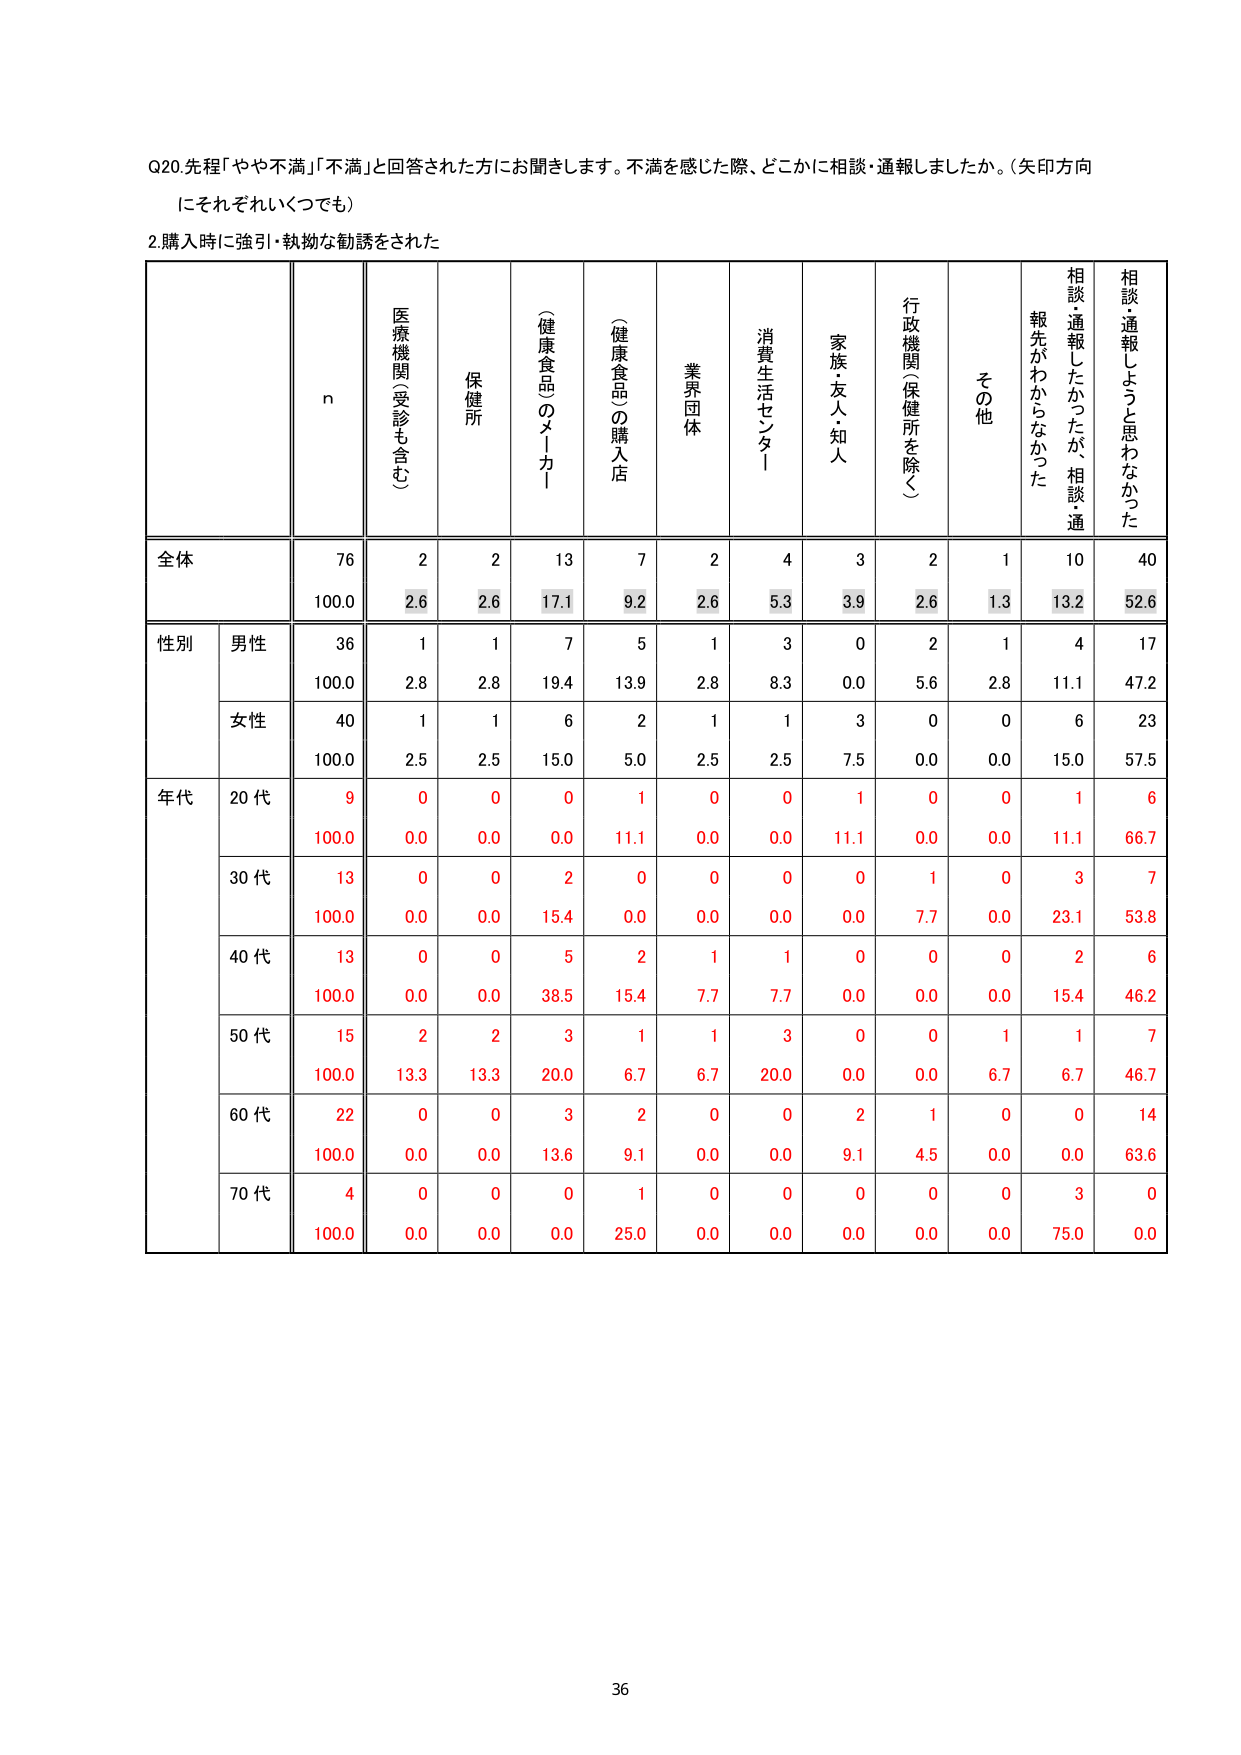
Q20. 先程「やや不満」「不満」と回答された方にお聞きします。不満を感じた際、どこかに相談・通報しましたか。（矢印方向にそれぞれいくつでも）

2. 購入時に強引・執拗な勧誘をされた

n
医療機関（受診も含む）
保健所
（健康食品のメーカー）
（健康食品）の購入店
業界団体
消費生活センター
家族・友人・知人
行政機関（保健所を除く）
その他
相談・通報したかったが、相談・通報先がわからなかった
相談・通報しようと思わなかった

全体
76
2
2
13
7
2
4
3
2
1
10
40
100.0
2.6
2.6
17.1
9.2
2.6
5.3
3.9
2.6
1.3
13.2
52.6

性別
男性
36
1
1
7
5
1
3
0
2
1
4
17
100.0
2.8
2.8
19.4
13.9
2.8
8.3
0.0
5.6
2.8
11.1
47.2

女性
40
1
1
6
2
1
1
3
0
0
6
23
100.0
2.5
2.5
15.0
5.0
2.5
2.5
7.5
0.0
0.0
15.0
57.5

年代
20代
9
0
0
0
1
0
0
1
0
0
1
6
100.0
0.0
0.0
0.0
11.1
0.0
0.0
11.1
0.0
0.0
11.1
66.7

30代
13
0
0
2
0
0
0
0
1
0
3
7
100.0
0.0
0.0
15.4
0.0
0.0
0.0
0.0
7.7
0.0
23.1
53.8

40代
13
0
0
5
2
1
1
0
0
0
2
6
100.0
0.0
0.0
38.5
15.4
7.7
7.7
0.0
0.0
0.0
15.4
46.2

50代
15
2
2
3
1
1
3
0
0
1
1
7
100.0
13.3
13.3
20.0
6.7
6.7
20.0
0.0
0.0
6.7
6.7
46.7

60代
22
0
0
3
2
0
0
2
1
0
0
14
100.0
0.0
0.0
13.6
9.1
0.0
0.0
9.1
4.5
0.0
0.0
63.6

70代
4
0
0
0
1
0
0
0
0
0
3
0
100.0
0.0
0.0
0.0
25.0
0.0
0.0
0.0
0.0
0.0
75.0
0.0

36